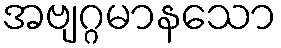
အဗျဂ္ဂမာနသော